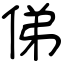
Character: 俤